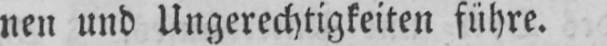
nen und Ungerechtigkeiten führe.